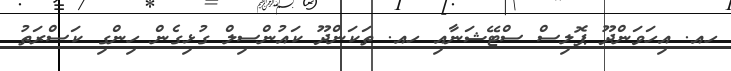
ހއ. އިހަވަންދޫ ޕޮލިސް ސްޓޭޝަނާއި ހއ. ތަކަންދޫ ކައުންސިލް ގުޅިގެން ހިންގި ކަސްރަތު